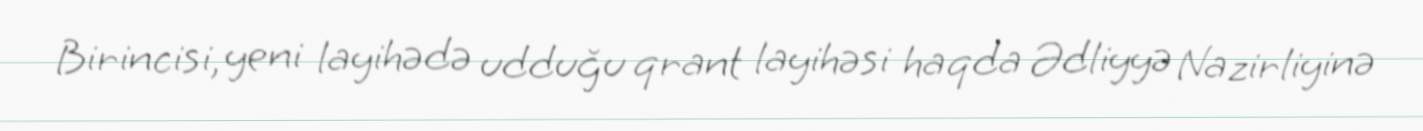
Birincisi, yeni layihədə udduğu qrant layihəsi haqda Ədliyyə Nazirliyinə